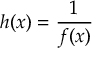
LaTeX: h ( x ) = { \frac { 1 } { f ( x ) } }